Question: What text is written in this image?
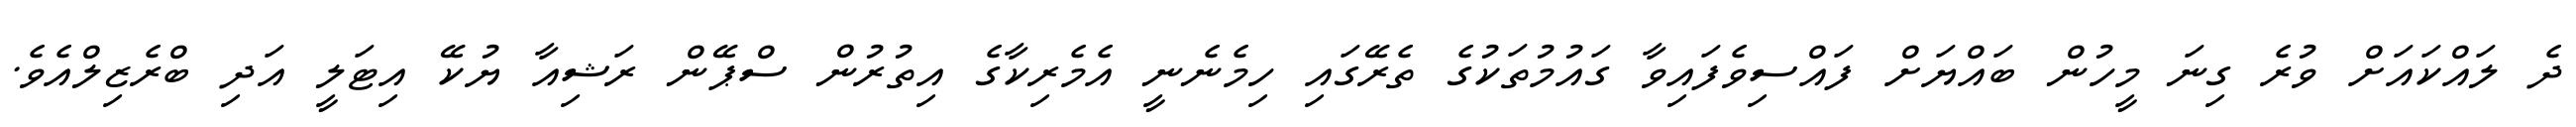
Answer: ދެ ލައްކައަށް ވުރެ ގިނަ މީހުން ބައްޔަށް ފައްސިވެފައިވާ ގައުމުތަކުގެ ތެރޭގައި ހިމެނެނީ އެމެރިކާގެ އިތުރުން ސްޕޭން ރަޝިއާ ޔުކޭ އިޓަލީ އަދި ބްރެޒިލްއެވެ.